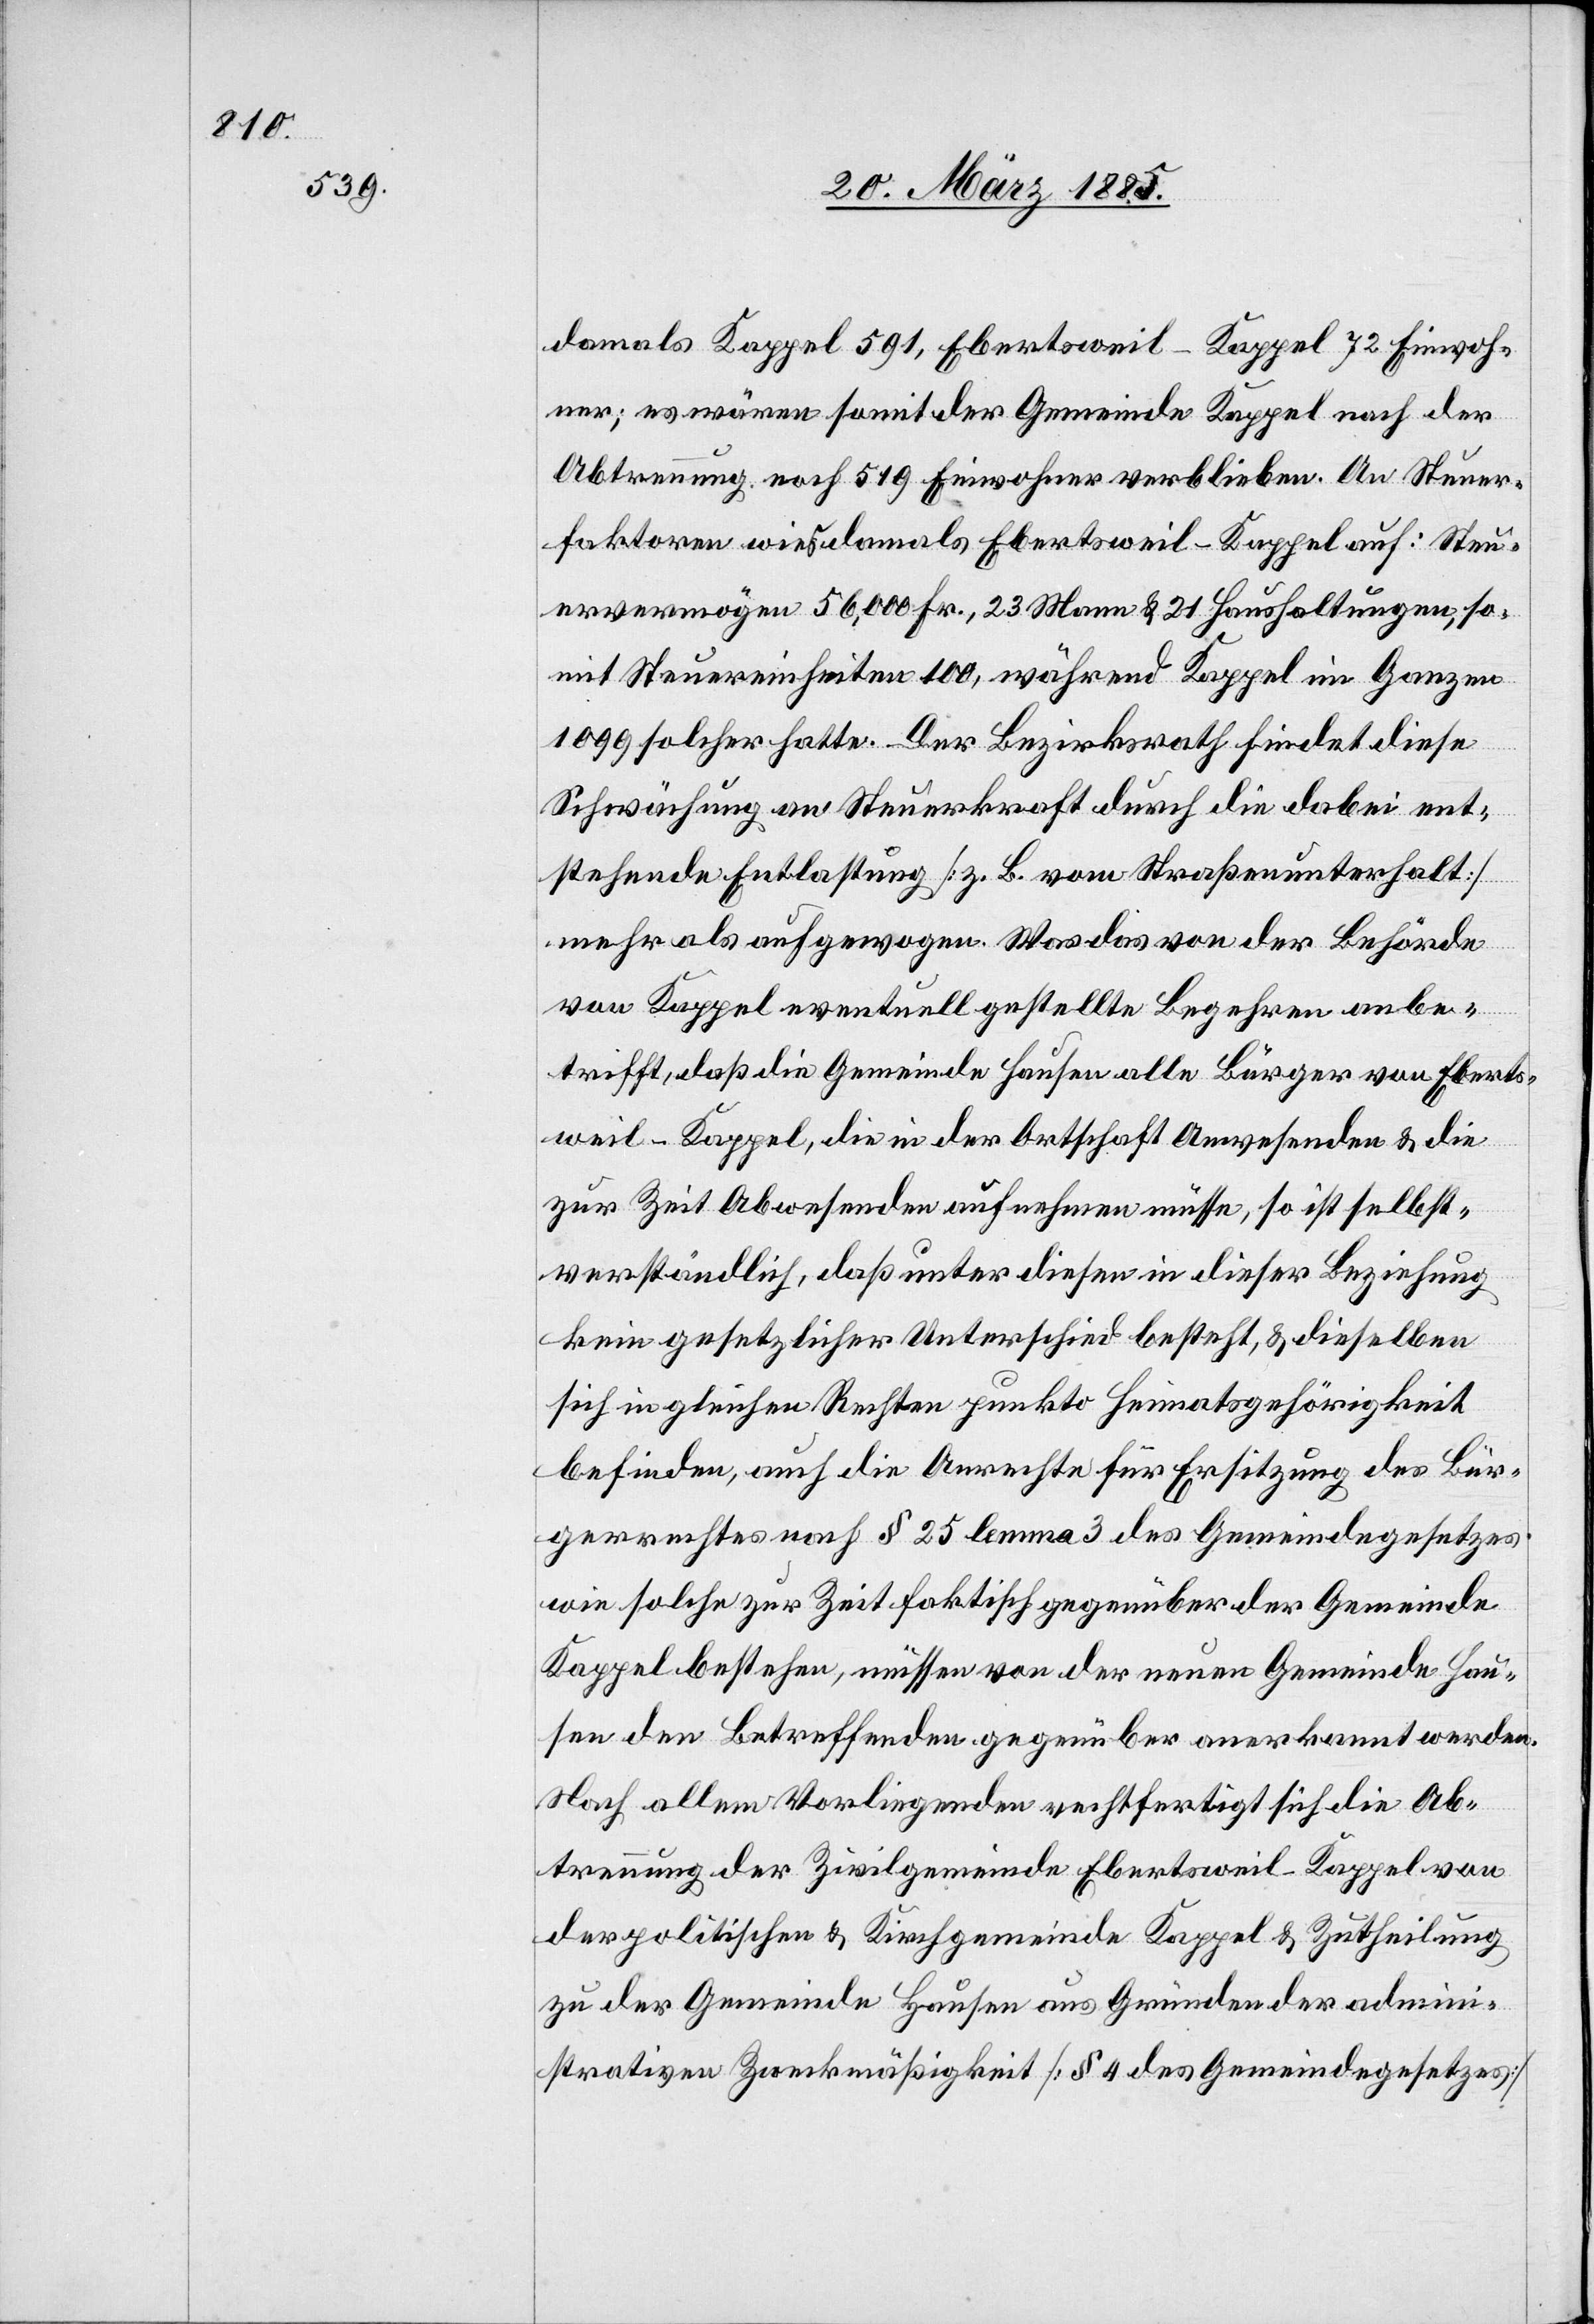
so¬

damals Kappel 591, Ebertsweil-Kappel 72 Einwoh¬
ner; es wären somit der Gemeinde Kappel nach der
Abtretung noch 519 Einwohner verblieben. An Steuer¬
faktoren wird damals Ebertsweil-Kappel auf:
mit Steuereinheiten 100, während Kappel im Ganzen
1099 solcher hatte. Der Bezirksrath findet diese
Schwächung an Steuerkraft durch die dabei ent¬
stehende Entlastung [z. B. vom Straßenunterhalt]
mehr als aufgewogen. Was das von der Behörde
von Kappel eventuell gestellte Begehren anbe¬
trifft, daß die Gemeinde Hausen alle Bürger von Eberts¬
weil-Kappel, die in der Ortschaft Anwesenden & die
zur Zeit Abwesenden aufnehmen müsse, so ist selbst¬
verständlich, daß unter diesen in dieser Beziehung
kein gesetzlicher Unterschied besteht, & dieselben
sich in gleichen Rechten punkto Heimatsgehörigkeit
befinden, auch die Anrechte für Ersitzung des Bür¬
gerrechtes nach § 25 lemma 3 des Gemeindegesetzes
wie solche zur Zeit faktisch gegenüber der Gemeinde
Kappel bestehen, müssen von der neuen Gemeinde Hau¬
sen den Betreffenden gegenüber anerkannt werden.
Nach allem Vorliegenden rechtfertigt sich die Ab¬
trennung der Zivilgemeinde Ebertsweil-Kappel von
der politischen und Kirchgemeinde Kappel & Zutheilung
zu der Gemeinde Hausen aus Gründen der admini¬
strativen Zweckmäßigkeit [§ 4 des Gemeindegesetzes]